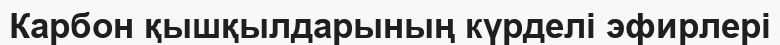
Карбон қышқылдарының күрделі эфирлері